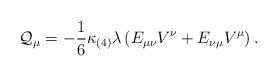
LaTeX: \begin{align*}{\cal Q}_{\mu} = - \frac{1}{6} \kappa_{(4)} \lambda\left( E_{\mu\nu}V^{\nu} + E_{\nu\mu}V^{\mu} \right) .\end{align*}